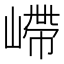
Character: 嵽